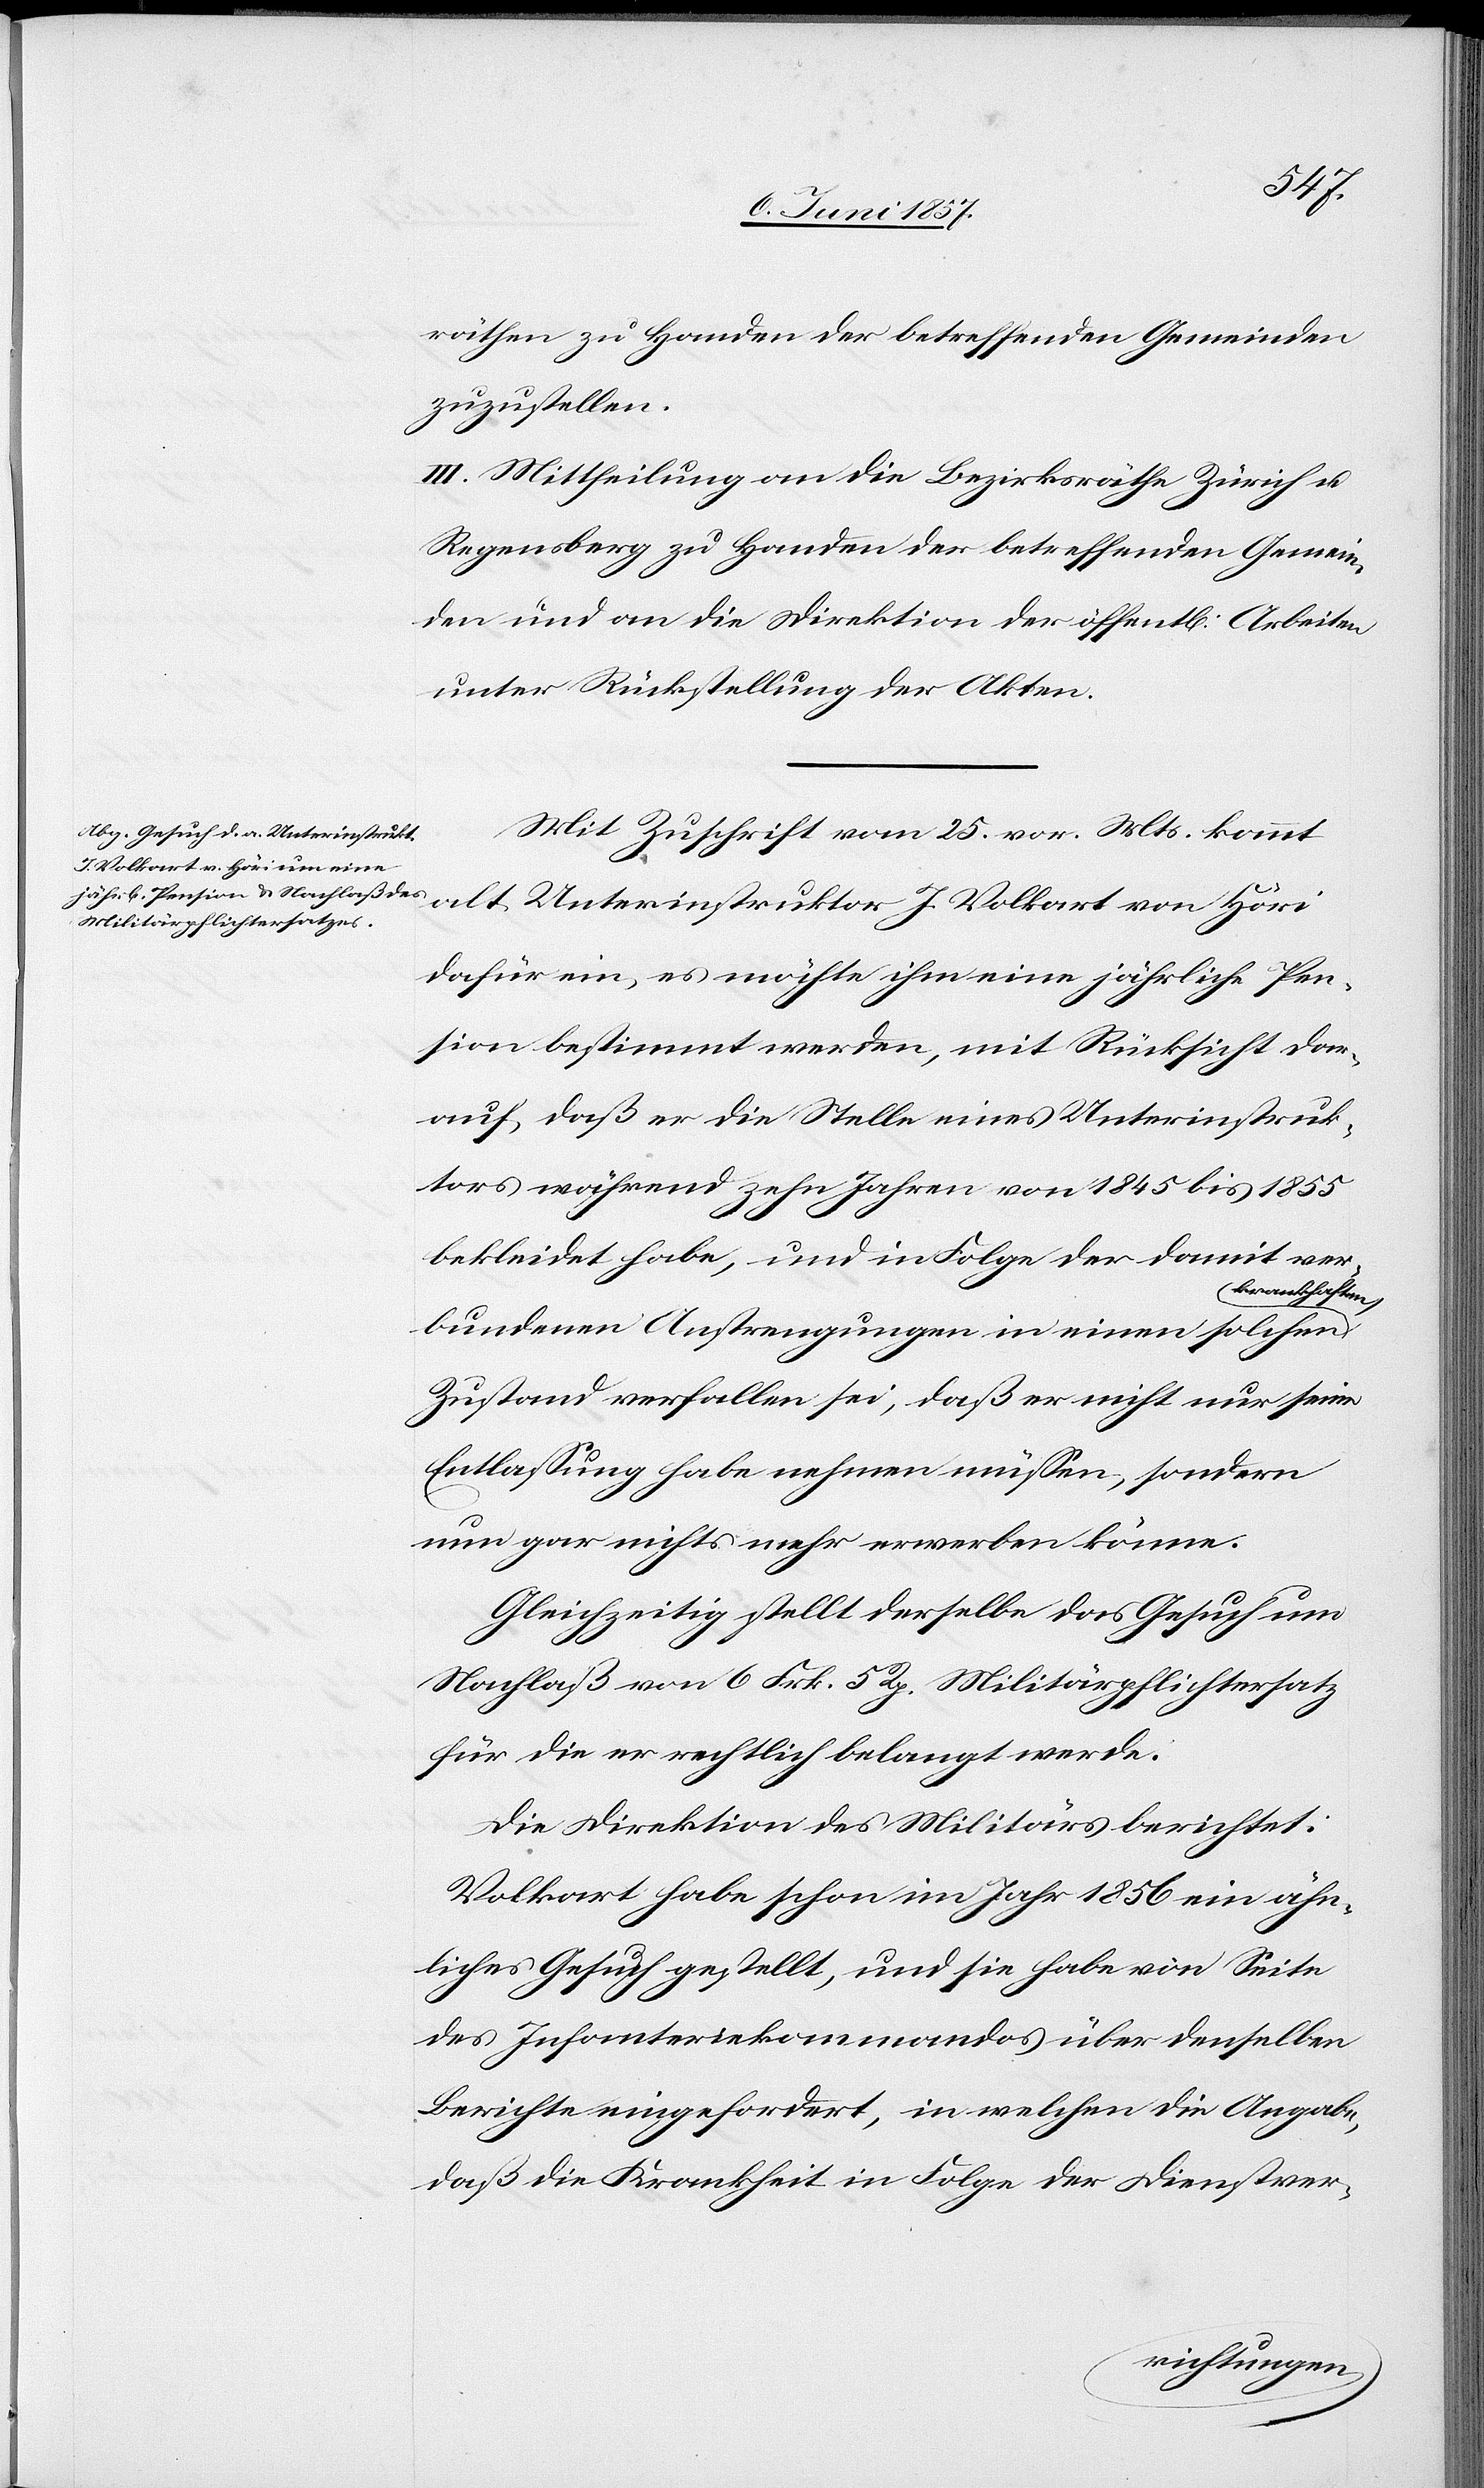
räthen zu Handen der betreffenden Gemeinden
zuzustellen.
III. Mittheilung an die Bezirksräthe Zürich &
Regensberg zu Handen der betreffenden Gemein¬
den und an die Direktion der öffentl. Arbeiten
unter Rückstellung der Akten.
Mit Zuschrift vom 25 vor. Mts. kommt
alt Unterinstruktor J.
dafür ein, es möchte ihm eine jährliche Pen¬
sion bestimmt werden, mit Rücksicht dar¬
auf, daß er die Stelle eines Unterinstruk¬
tors während zehn Jahren von 1845 bis 1855
bekleidet habe, und in Folge der damit ver¬
krankhaften
bundenen Anstrengungen in einen solchen
Zustand verfallen sei, daß er nicht nur seine
Entlassung habe nehmen müssen, sondern
nun gar nichts mehr erwerben könne.
Gleichzeitig stellt derselbe das Gesuch um
Nachlaß von 6 Frk. 5 Rp. Militärpflichtersatz
für die er rechtlich belangt werde.
Die Direktion des Militärs berichtet:
Volkart habe schon im Jahr 1856 ein ähn¬
liches Gesuch gestellt, und sie habe von Seite
des Infanteriekommandos über denselben
Berichte eingefordert, in welchen die Angabe,
daß die Krankheit in Folge der Dienstver-